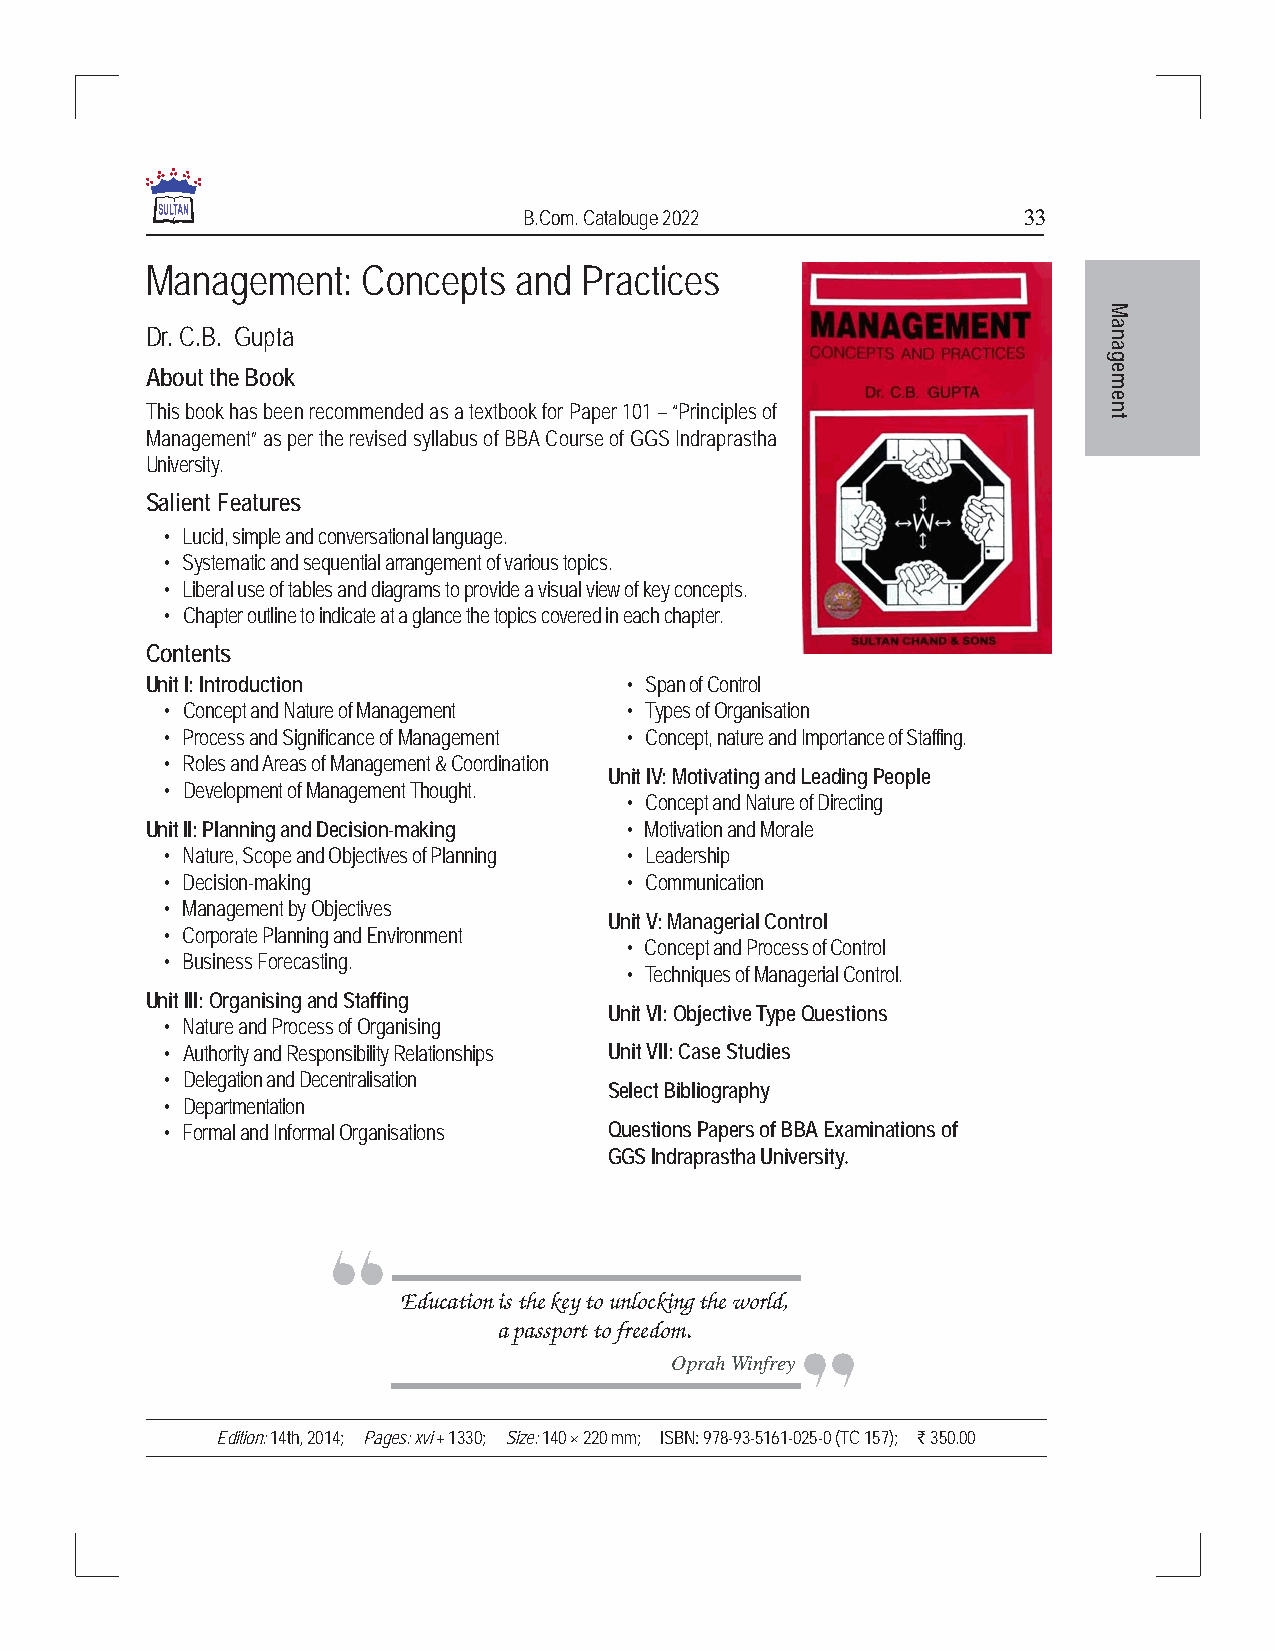
B.Com. Catalouge 2022            33
 Management:   Concepts  and Practices
 M
 Dr. C.B. Gupta                                                 na
 a
 g
 About the Book                                                 e
 m
 e
 This book has been recommended as a textbook for Paper 101 – “Principles of n
 t
 Management” as per the revised syllabus of BBA Course of GGS Indraprastha
 University.
 Salient Features
 • Lucid, simple and conversational language.
 • Systematic and sequential arrangement of various topics.
 • Liberal use of tables and diagrams to provide a visual view of key concepts.
 • Chapter outline to indicate at a glance the topics covered in each chapter.
 Contents
 Unit I: Introduction           • Span of Control
 • Concept and Nature of Management • Types of Organisation
 • Process and Significance of Management • Concept, nature and Importance of Staffing.
 • Roles and Areas of Management & Coordination
 Unit IV: Motivating and Leading People
 • Development of Management Thought.
 • Concept and Nature of Directing
 Unit II: Planning and Decision-making • Motivation and Morale
 • Nature, Scope and Objectives of Planning • Leadership
 • Decision-making             • Communication
 • Management by Objectives
 Unit V: Managerial Control
 • Corporate Planning and Environment
 • Concept and Process of Control
 • Business Forecasting.
 • Techniques of Managerial Control.
 Unit III: Organising and Staffing
 Unit VI: Objective Type Questions
 • Nature and Process of Organising
 • Authority and Responsibility Relationships Unit VII: Case Studies
 • Delegation and Decentralisation
 Select Bibliography
 • Departmentation
 • Formal and Informal Organisations Questions Papers of BBA Examinations of
 GGS Indraprastha University.
 Education is the key to unlocking the world,
 a passport to freedom.
 Oprah Winfrey
 Edition: 14th, 2014; Pages: xvi + 1330; Size: 140 × 220 mm; ISBN: 978-93-5161-025-0 (TC 157); ` 350.00